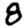
Digit: 8